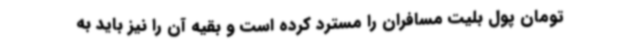
تومان پول بلیت مسافران را مسترد کرده است و بقیه آن را نیز باید به